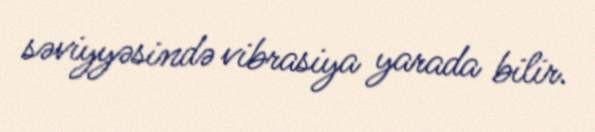
səviyyəsində vibrasiya yarada bilir.